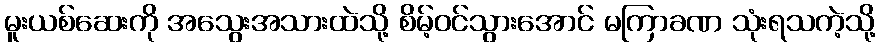
မူးယစ်ဆေးကို အသွေးအသားထဲသို့ စိမ့်ဝင်သွားအောင် မကြာခဏ သုံးရသကဲ့သို့